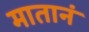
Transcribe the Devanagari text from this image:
मातानं